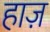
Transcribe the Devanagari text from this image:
हाज़